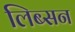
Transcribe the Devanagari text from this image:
लिब्सन